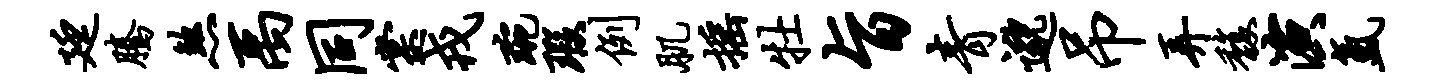
廷腾煞禹同棠戎琬瑕例肌摇牡旨青邈吊弄馥演氲